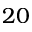
2 0